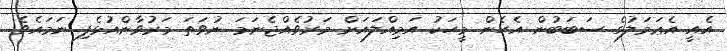
އެއީ އެޢަމަލުގެ ސަބަބުން އެހެން މީހަކު އަމިއްލައަށް މަރުވެއްޖެނަމަ ނުވަތަ މަރުވާންއުޅެފި ނަމައެވެ.